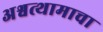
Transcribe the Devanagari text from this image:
अश्वत्थामाचा